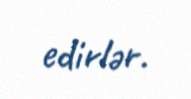
edirlər.